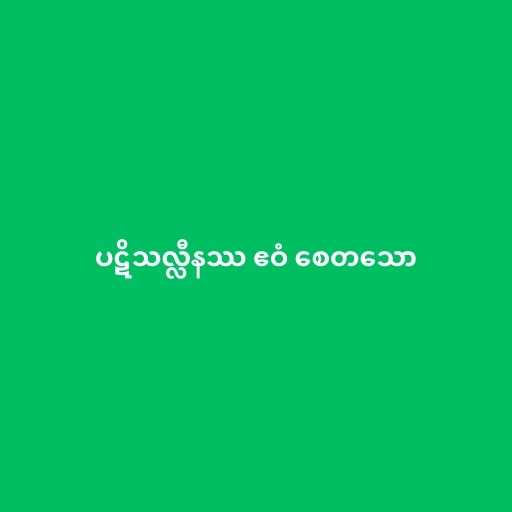
ပဋိသလ္လီနဿ ဧဝံ စေတသော